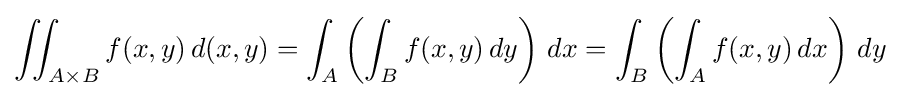
\iint _{A\times B}f(x,y)\,d(x,y)=\int _{A}\left(\int _{B}f(x,y)\,dy\right)\,dx=\int _{B}\left(\int _{A}f(x,y)\,dx\right)\,dy